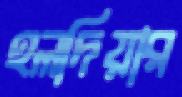
হলদিয়ার